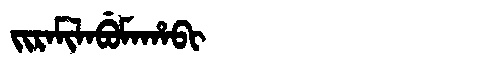
Manchu: ᠵᡳᡵᠠᠮᡳᠯᠠᠪᡠᠮᠠᡥᠠᠪᡳ
Romanization: JIRAMILABUMAHABI